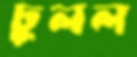
ঢুলল